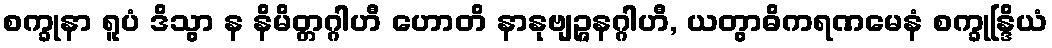
စက္ခုနာ ရူပံ ဒိသွာ န နိမိတ္တဂ္ဂါဟီ ဟောတိ နာနုဗျဉ္ဇနဂ္ဂါဟီ, ယတွာဓိကရဏမေနံ စက္ခုန္ဒြိယံ